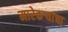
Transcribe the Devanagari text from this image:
मारेकऱ्यांचा